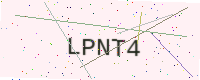
Text: LPNT4